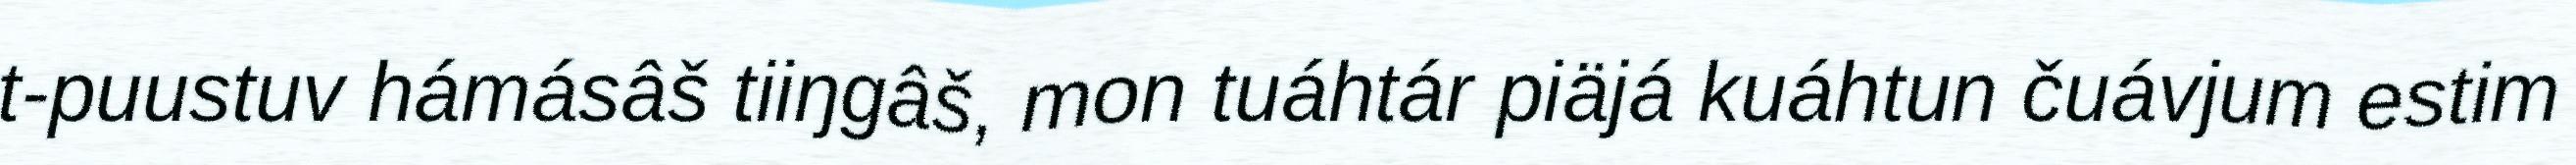
t-puustuv hámásâš tiiŋgâš, mon tuáhtár piäjá kuáhtun čuávjum estim